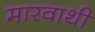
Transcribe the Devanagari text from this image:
मारवाथी